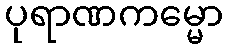
ပုရာဏကမ္မော